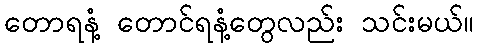
တောရနံ့ တောင်ရနံ့တွေလည်း သင်းမယ်။